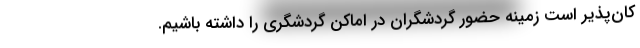
کان‌پذیر است زمینه حضور گردشگران در اماکن گردشگری را داشته باشیم.